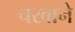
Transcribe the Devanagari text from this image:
चखाने